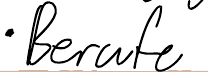
- Berufe